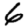
Digit: 6